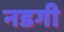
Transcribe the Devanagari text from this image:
नडगी